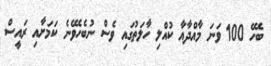
ބެހޭ 100 ވަނަ މާއްދާއާ ކުއްލި ހާލަތުގައި ވެސް ނުބެހެވޭނެ ކަމަށާއި ރައީސް